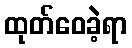
ထုတ်ဝေခဲ့ရာ